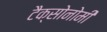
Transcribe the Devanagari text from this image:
टैक्सोनोमी